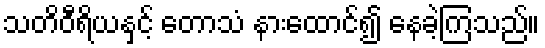
သတိဝီရိယနှင့် တောသံ နားထောင်၍ နေခဲ့ကြသည်။